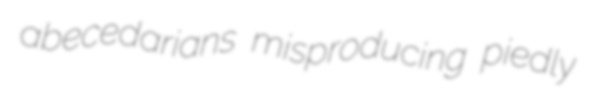
abecedarians misproducing piedly